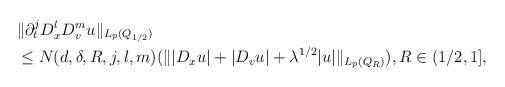
LaTeX: \begin{align*} \begin{aligned} & \|\partial_t^j D_x^l D_v^{m} u\|_{ L_p (Q_{1/2}) }\\ &\le N (d, \delta, R, j, l, m) (\||D_x u| + |D_v u| + \lambda^{1/2} |u|\|_{ L_p (Q_{R}) }), R \in (1/2, 1],\end{aligned}\end{align*}